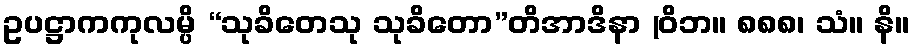
ဥပဋ္ဌာကကုလမ္ပိ “သုခိတေသု သုခိတော”တိအာဒိနာ (ဝိဘ။ ၈၈၈၊ သံ။ နိ။